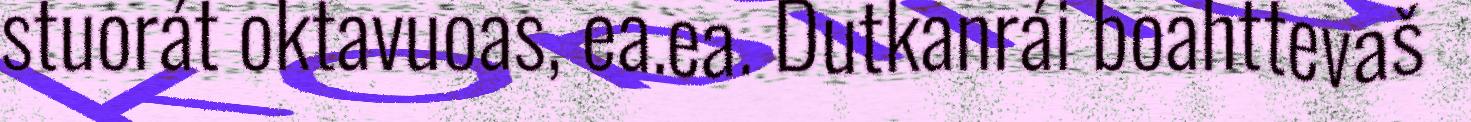
stuorát oktavuoas, ea.ea. Dutkanrái boahttevaš